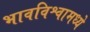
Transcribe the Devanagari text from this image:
भावविश्वामध्ये